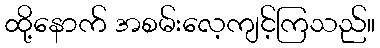
ထို့နောက် အစမ်းလေ့ကျင့်ကြသည်။